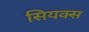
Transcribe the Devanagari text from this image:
सियक्स